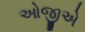
ઓજીએ